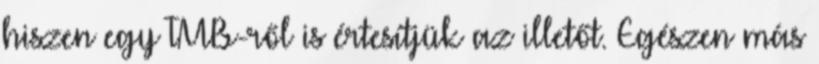
hiszen egy TMB-ről is értesítjük az illetőt. Egészen más